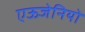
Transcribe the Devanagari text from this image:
एऊजेनियो